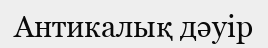
Антикалық дәуір